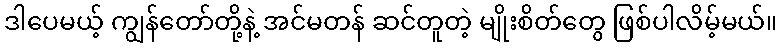
ဒါပေမယ့် ကျွန်တော်တို့နဲ့ အင်မတန် ဆင်တူတဲ့ မျိုးစိတ်တွေ ဖြစ်ပါလိမ့်မယ်။